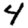
Digit: 4